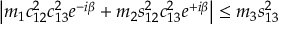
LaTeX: \left\vert m _ { 1 } c _ { 1 2 } ^ { 2 } c _ { 1 3 } ^ { 2 } e ^ { - i \beta } + m _ { 2 } s _ { 1 2 } ^ { 2 } c _ { 1 3 } ^ { 2 } e ^ { + i \beta } \right\vert \leq m _ { 3 } s _ { 1 3 } ^ { 2 }